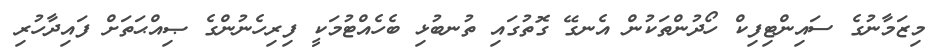
މިޒަމާނުގެ ސައިންޓިފިކް ހޯދުންތަކުން އެނގޭ ގޮތުގައި ތުނބުޅި ބެހެއްޓުމަކީ ފިރިހެނުންގެ ޞިއްޙަތަށް ފައިދާހުރި